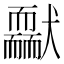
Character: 𦓢